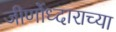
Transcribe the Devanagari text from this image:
जीर्णोध्दाराच्या